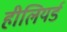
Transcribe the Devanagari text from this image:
हीलियर्ड